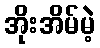
အိုးအိမ်မဲ့